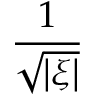
\frac { 1 } { \sqrt { | \xi | } }